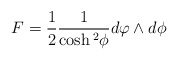
\begin{align*}F=\frac{1}{2}\frac{1}{\cosh{^2}{\phi}}d\varphi\wedge d\phi\end{align*}